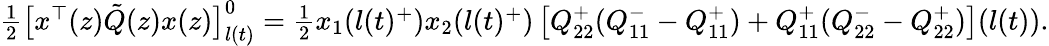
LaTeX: \begin{array}{r}{\frac{1}{2}\big[x^{\top}(z)\tilde{Q}(z)x(z)\big]_{l(t)}^{0}=\frac{1}{2}x_{1}(l(t)^{+})x_{2}(l(t)^{+})\left[Q_{22}^{+}(Q_{11}^{-}-Q_{11}^{+})+Q_{11}^{+}(Q_{22}^{-}-Q_{22}^{+})\right](l(t)).}\end{array}